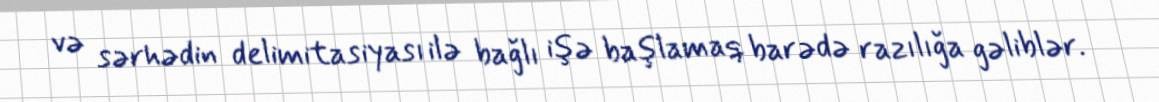
və sərhədin delimitasiyası ilə bağlı işə başlamaq barədə razılığa gəliblər.